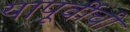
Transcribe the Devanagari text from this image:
यापूर्वीची